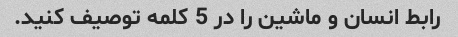
رابط انسان و ماشین را در 5 کلمه توصیف کنید.